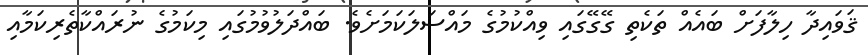
ޤަވައިދާ ހިލާފަށް ބައެއް ތަކެތި ގޭގޭގައި ވިއްކުމުގެ މައްސަލަކަމަށެވެ. ބައްދަލުވުމުގައި މިކަމުގެ ނުރައްކާތެރިކަމާއި